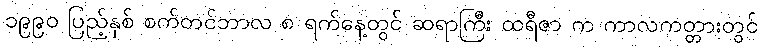
၁၉၉၀ ပြည့်နှစ် စက်တင်ဘာလ ၈ ရက်နေ့တွင် ဆရာကြီး ထရီဇာ က ကာလကတ္တားတွင်